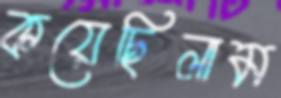
কয়েছিলাম